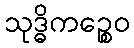
သုဒ္ဓိကဉ္စေဝ